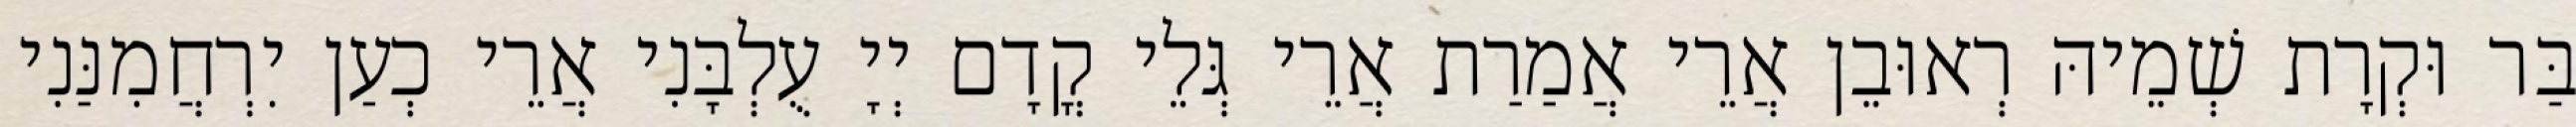
בַּר וּקְרָת שְׁמֵיהּ רְאוּבֵן אֲרֵי אֲמַרַת אֲרֵי גְּלֵי קֳדָם יְיָ עֻלְבָּנִי אֲרֵי כְעַן יִרְחֲמִנַּנִי